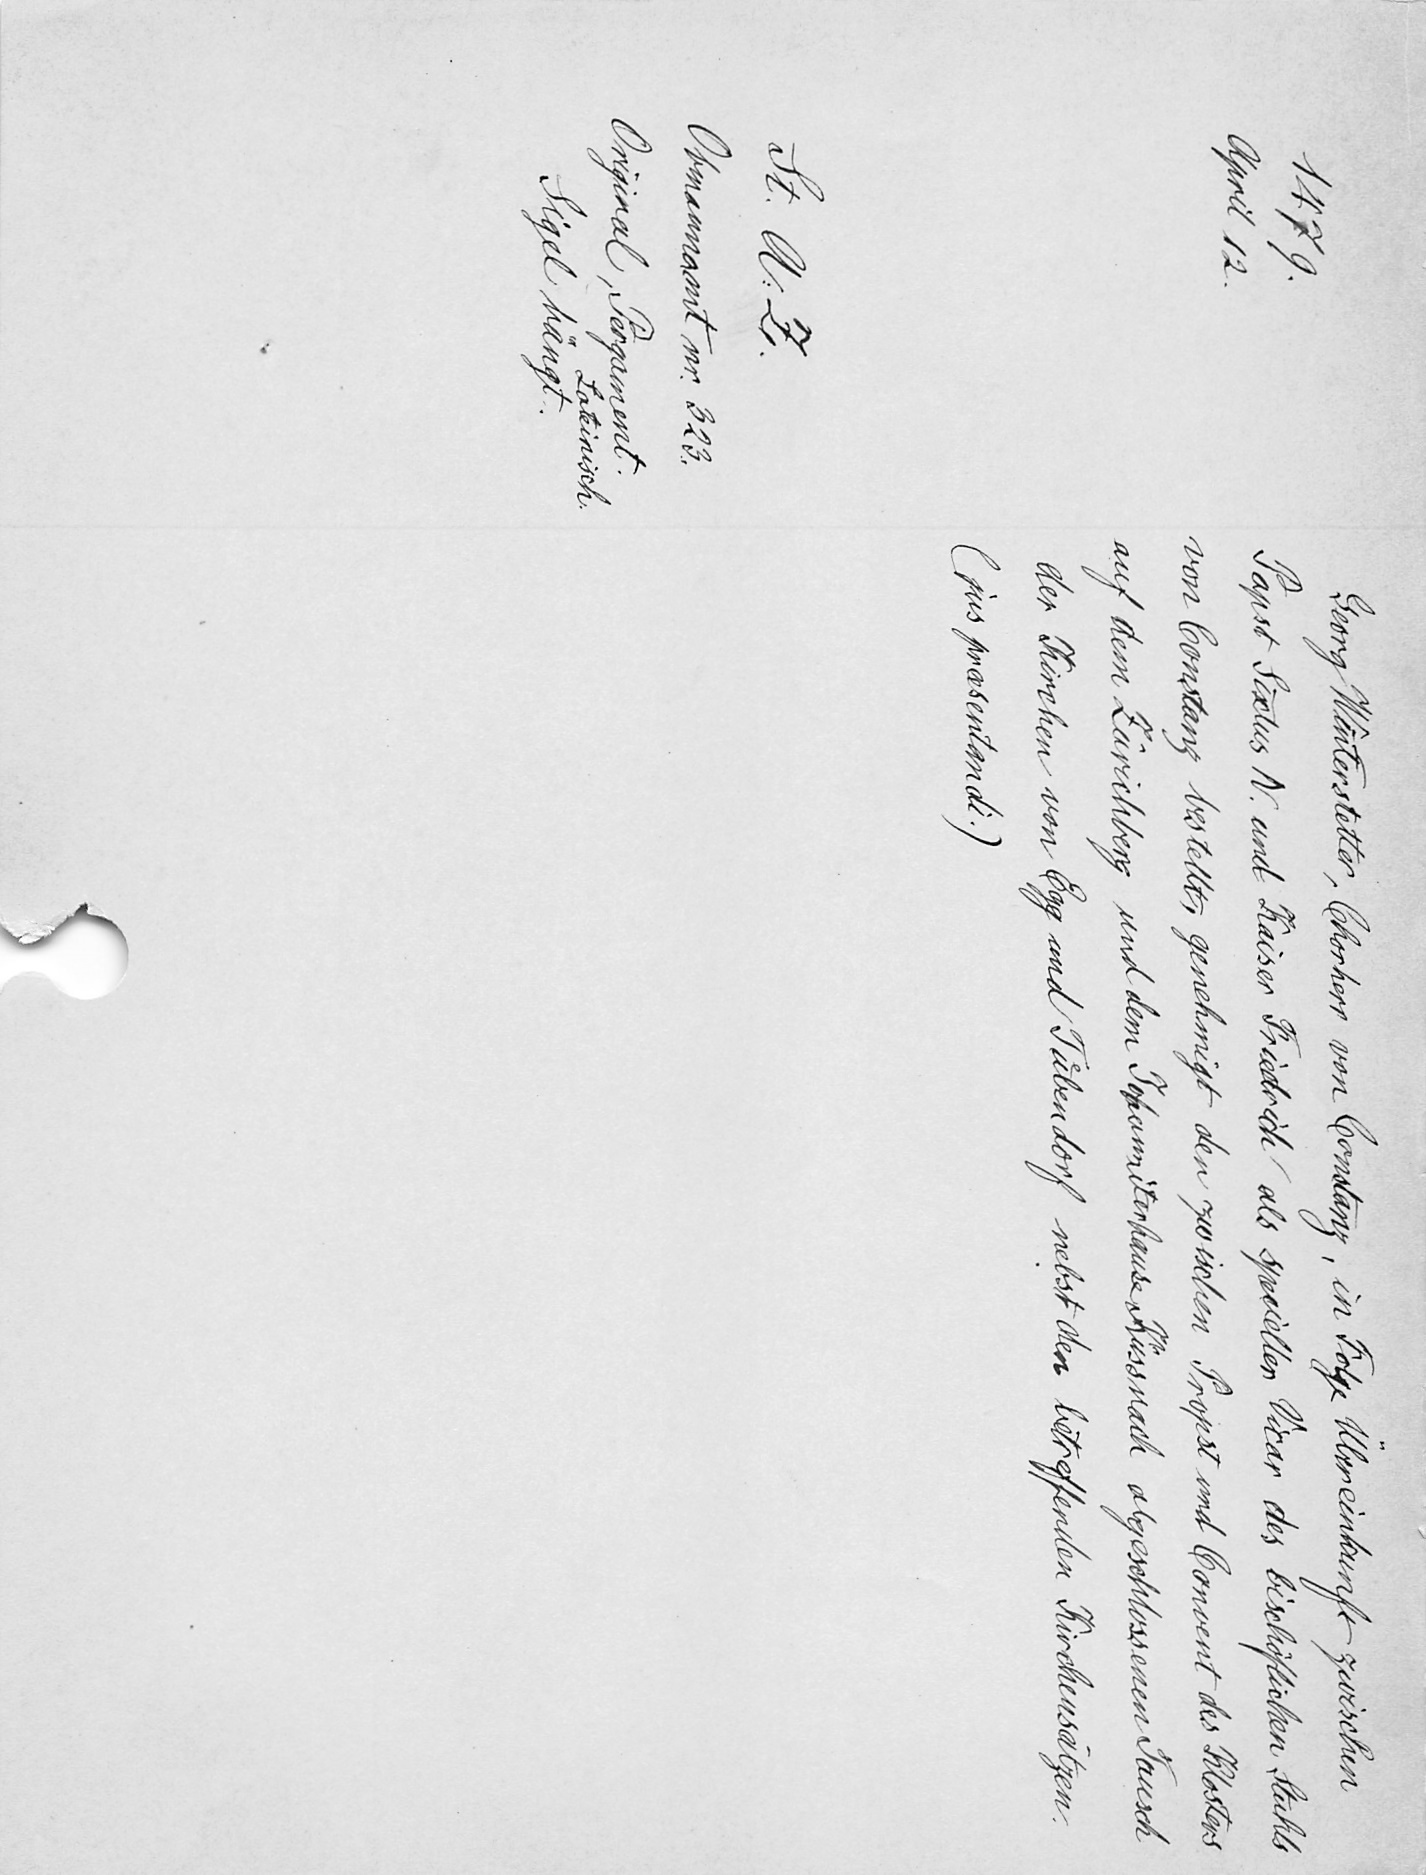
Georg Winterstetter, Chorherr von Constanz, in Folge Übereinkunft zwischen
Papst Sixtus IV. und Kaiser Friedrich als speciellen Vicar des bischöflichen Stuhls
von Constanz bestellt, genehmigt den zwischen Propst und Convent des Klosters
auf dem Zürichberg und dem Johanniterhause Küssnach abgeschlossenen Tausch
der Kirchen von Egg und Tuͤbendorf nebst den betreffenden Kichrensätzen
(jus presentandi.)

1479.
April 12.
St. A. Z.
Obmannamt nr. 323.
Original, Pergament.
Lateinisch.
Sigel hängt.